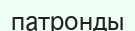
патронды